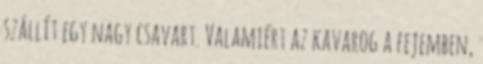
szállít egy nagy csavart. Valamiért az kavarog a fejemben,